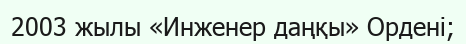
2003 жылы «Инженер даңқы» Ордені;